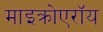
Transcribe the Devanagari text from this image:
माइक्रोएरॉय